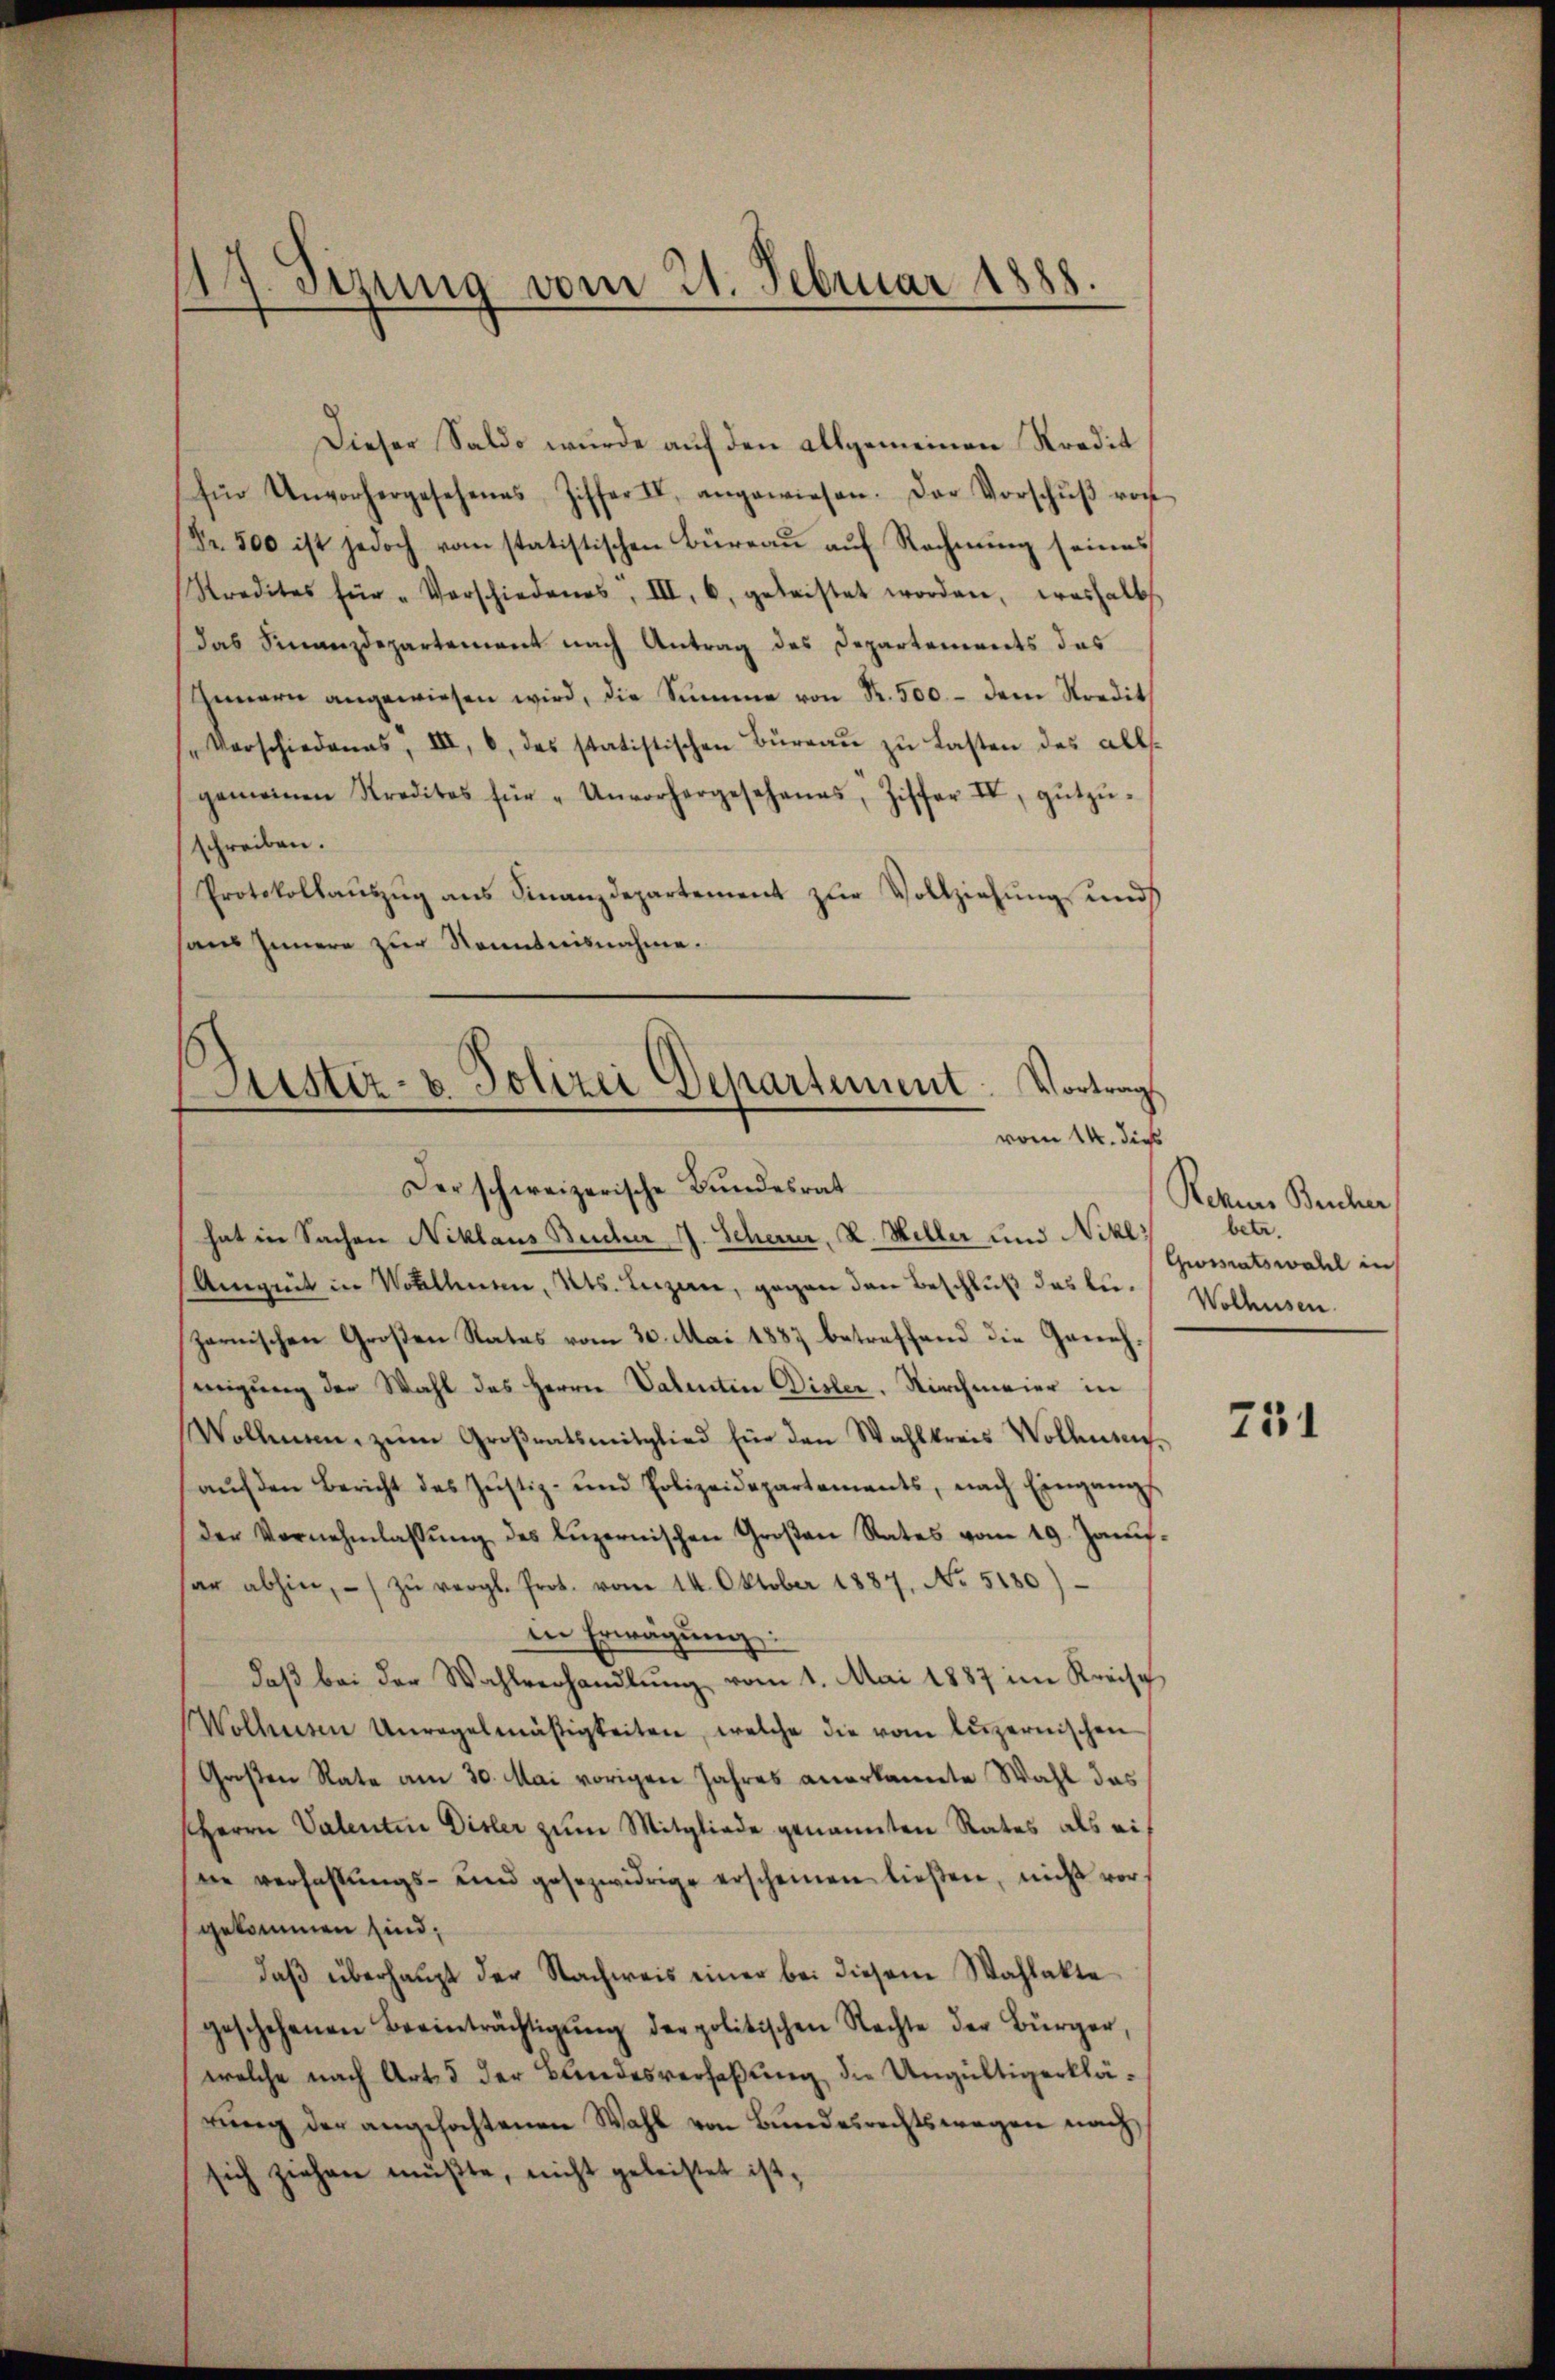
17. Sizung vom 21. Februar 1888.

Dieser Saldo wurde auf den allgemeinen Kredit
für Unvorhergesehenes Ziffer II angewiesen. Der Vorschŭβ vorh
Fr. 500 ist jedoch vom statistischen Büreau auf Rechnung seines
Stredites für " Verschiedens, III b. geleistet worden, weshalb
das Finanzdepartement nach Antrag des Departements das
Innern angewiesen wird, die Summe von Fr. 500.- dem Kredit
sVorschiedens, III, 6, das statistischen Büreaŭ zŭ lasten des all-
gemeinen Kreditas für "Unvorhergesehenes, Ziffer II, gŭtzŭ-
schreiben.
Protokollauszug aus Finanzdepartement zur Vollziehung und
haus Innere zur Kenntnisnahme.

Justiz- u. Polizei Departement. Vortrag
vom 14. dies
Der schweizerische Bundesrat

hat in Sachen Niklaus Bucher J. Scherer, V. Willer und Nikl.
Amgeit in Wolltenden, Kts. Luzern, gegen den Beschluß das bei. Wolhusen
parnischen Großen Rates vom 30. Mai 1887 betreffend die Genehmigung der Wahl des Herrn Valentin Disler. Kirchmaier in
Wollen, zum Großratsmitglied für den Wahlkreis Wollenaŭf den Bericht des Justiz- und Polizeidepartements, nach Eingampf
der Vernehmlassŭng des Lŭzernischen Groβen Rates vom 19. Jans-
sar abhin, - zŭ vergl. Prot. vom 14. Oktober 1887. No. 5180)
in Erwägung:
daβ bei der Wahlverhandlŭng vom 1. Mai 1887 im Kreise
Wollenden Unregelmäßigkeiten, welche die vom Lŭzernischen
Großen Rate am 30. Mai vorigen Jahres anerkannte Wahl das
Herrn Valenten Disler zum Mitgliede genannten Rates als eine verfassŭngs- und gesezwidrige erscheinen ließen, nicht vorgekommen sind;
daβ überhaŭpt der Nachweis einer bei diesem Wahlakte
geschehenen Beeinträchtigŭng der politischen Nachte der Bürger,
welche nach Art. 5 der Bundesverfaßung die Ungültigerklärŭng der angefochtenen Wahl von Bundesrechtswegen nach
sich ziehen müßte, nicht geleistet ist,

Rohnes Bercher
betr.
Groratswahl in

751